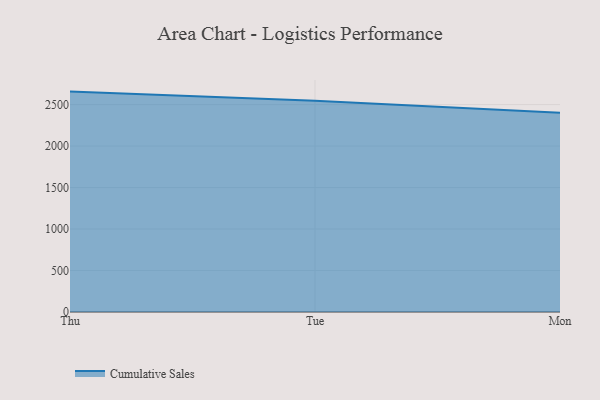
{"axis": {"x": "Day", "y": "Operating Costs (USD K)"}, "legend": ["Cumulative Sales"], "data": [{"x": "Thu", "y": 2656.4, "type": "Cumulative Sales"}, {"x": "Tue", "y": 2546.7, "type": "Cumulative Sales"}, {"x": "Mon", "y": 2402.2, "type": "Cumulative Sales"}]}